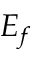
E _ { f }